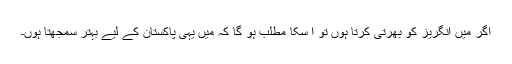
اگر میں انگریز کو بھرتی کرتا ہوں تو ا سکا مطلب ہو گا کہ میں یہی پاکستان کے لیے بہتر سمجھتا ہوں۔